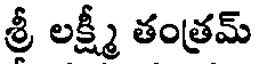
శ్రీ లక్ష్మీ తంత్రమ్